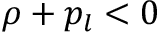
\rho + p _ { l } < 0